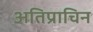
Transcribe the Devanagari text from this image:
अतिप्राचिन